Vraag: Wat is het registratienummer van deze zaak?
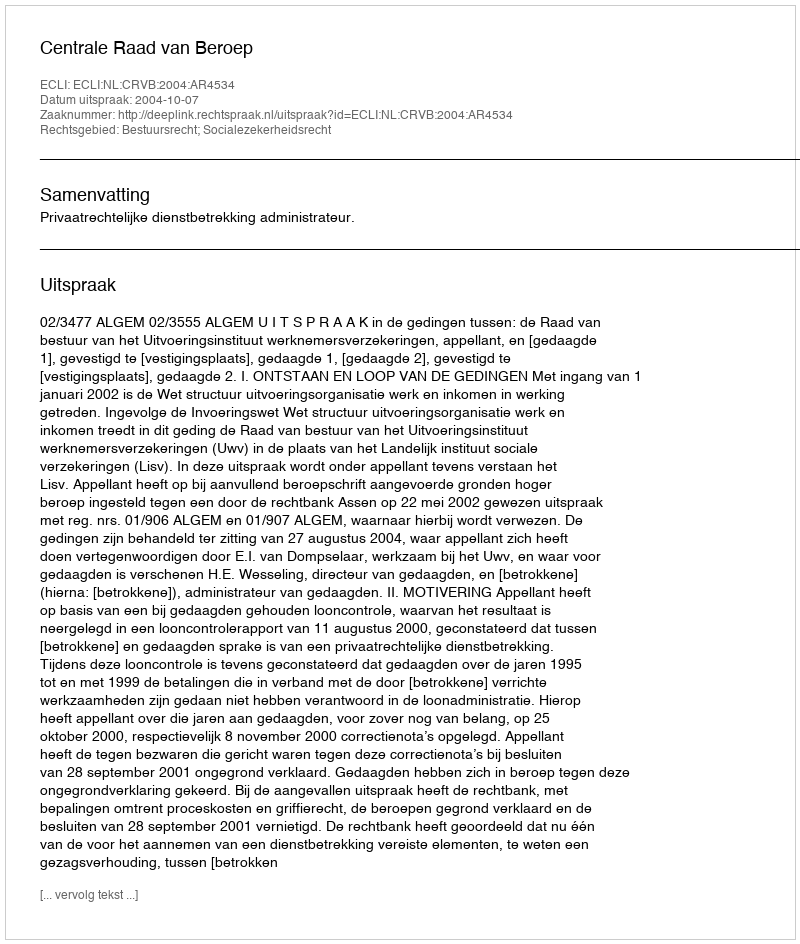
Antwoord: http://deeplink.rechtspraak.nl/uitspraak?id=ECLI:NL:CRVB:2004:AR4534